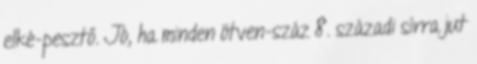
elké-pesztő. Jó, ha minden ötven-száz 8. századi sírra jut